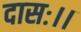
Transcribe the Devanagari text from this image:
दासः।।